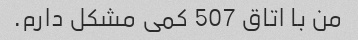
من با اتاق 507 کمی مشکل دارم.